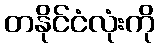
တနိုင်ငံလုံးကို